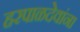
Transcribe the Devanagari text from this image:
हरपाळदेवांना